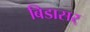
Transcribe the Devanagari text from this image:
बिडासर्